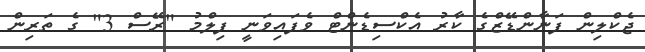
ޖެކްލިން ފަނާންޑޭޒްގެ ކާރު އެކްސިޑެންޓް ވެފައިވަނީ ފިލްމު "ރޭސް 3" ގެ ތަރިން